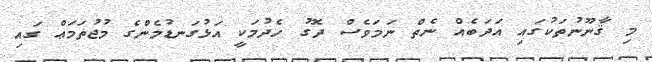
މި ޤާނޫނުތަކުގައި އަދަބެއް ނެތް ނަމަވެސް ދޮގު ހެދުމަކީ އަޅުގަނޑުމެންގެ މުޖުތަމަޢް ގައި